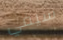
سيفي